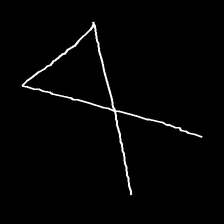
Glyph: collection